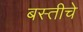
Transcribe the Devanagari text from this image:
बस्तीचे